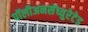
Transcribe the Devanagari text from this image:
पॉलीअनसॅच्युरेटेड